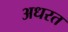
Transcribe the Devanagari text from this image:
अधरत